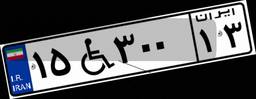
۹۲W۴۸۹۱۶